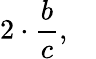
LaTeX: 2\cdot{\frac{b}{c}},\quad